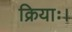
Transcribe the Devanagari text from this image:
क्रियाः।